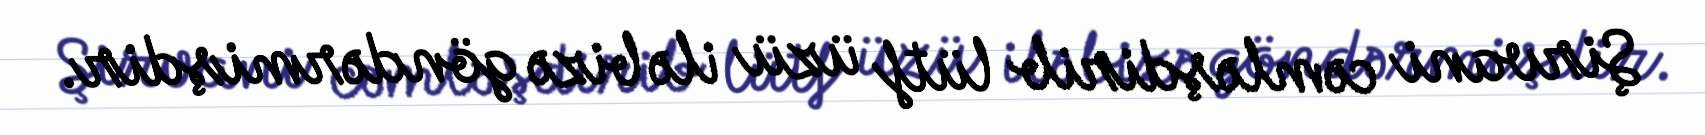
Şirvani cəmləşdirib lütf üzü ilə bizə göndərmişdir.